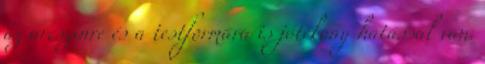
az arcszínre és a testformára is jótékony hatással van.